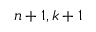
\u ^ { n + 1 , k + 1 }